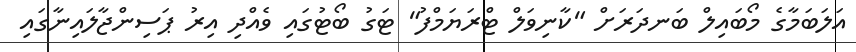
އަލަބަމާގެ މޯބައިލް ބަނދަރަށް "ކާނިވަލް ޓްރަޔަމްފު" ޓަގު ބޯޓުގައި ވެއްދި އިރު ޕަސިންޖާލައިނާގައި